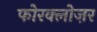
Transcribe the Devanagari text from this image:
फोरक्लोज़र